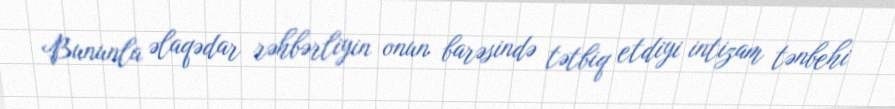
Bununla əlaqədar rəhbərliyin onun barəsində tətbiq etdiyi intizam tənbehi